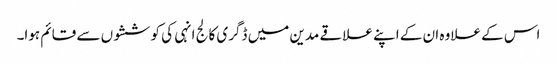
اس کے علاوہ ان کے اپنے علاقے مدین میں ڈگری کالج انہی کی کوششوں سے قائم ہوا۔